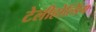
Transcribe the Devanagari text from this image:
टेलीहोल्डिंग